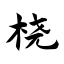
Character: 桡